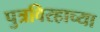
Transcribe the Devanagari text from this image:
पुत्रविरहाच्या